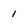
Character: 1